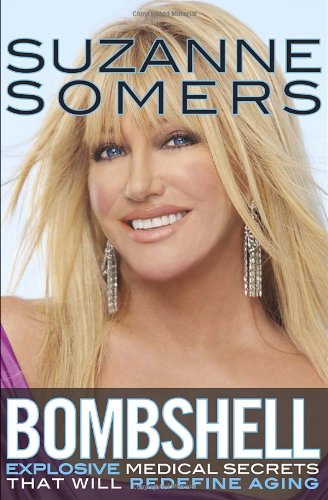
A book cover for Bombshell: Explosive Medical Secrets That Will Redefine Aging; Suzanne Somers; Health, Fitness & Dieting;